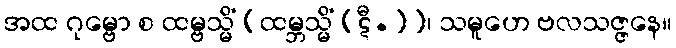
အထ ဂုမ္ဗော စ ထမ္ဗသ္မိံ [ထမ္ဘသ္မိံ (ဋီ.)]၊ သမူဟေ ဗလသဇ္ဇနေ။